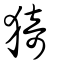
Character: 猗